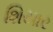
શિયાર